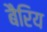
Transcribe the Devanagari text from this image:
बैरिय